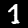
Label: 1